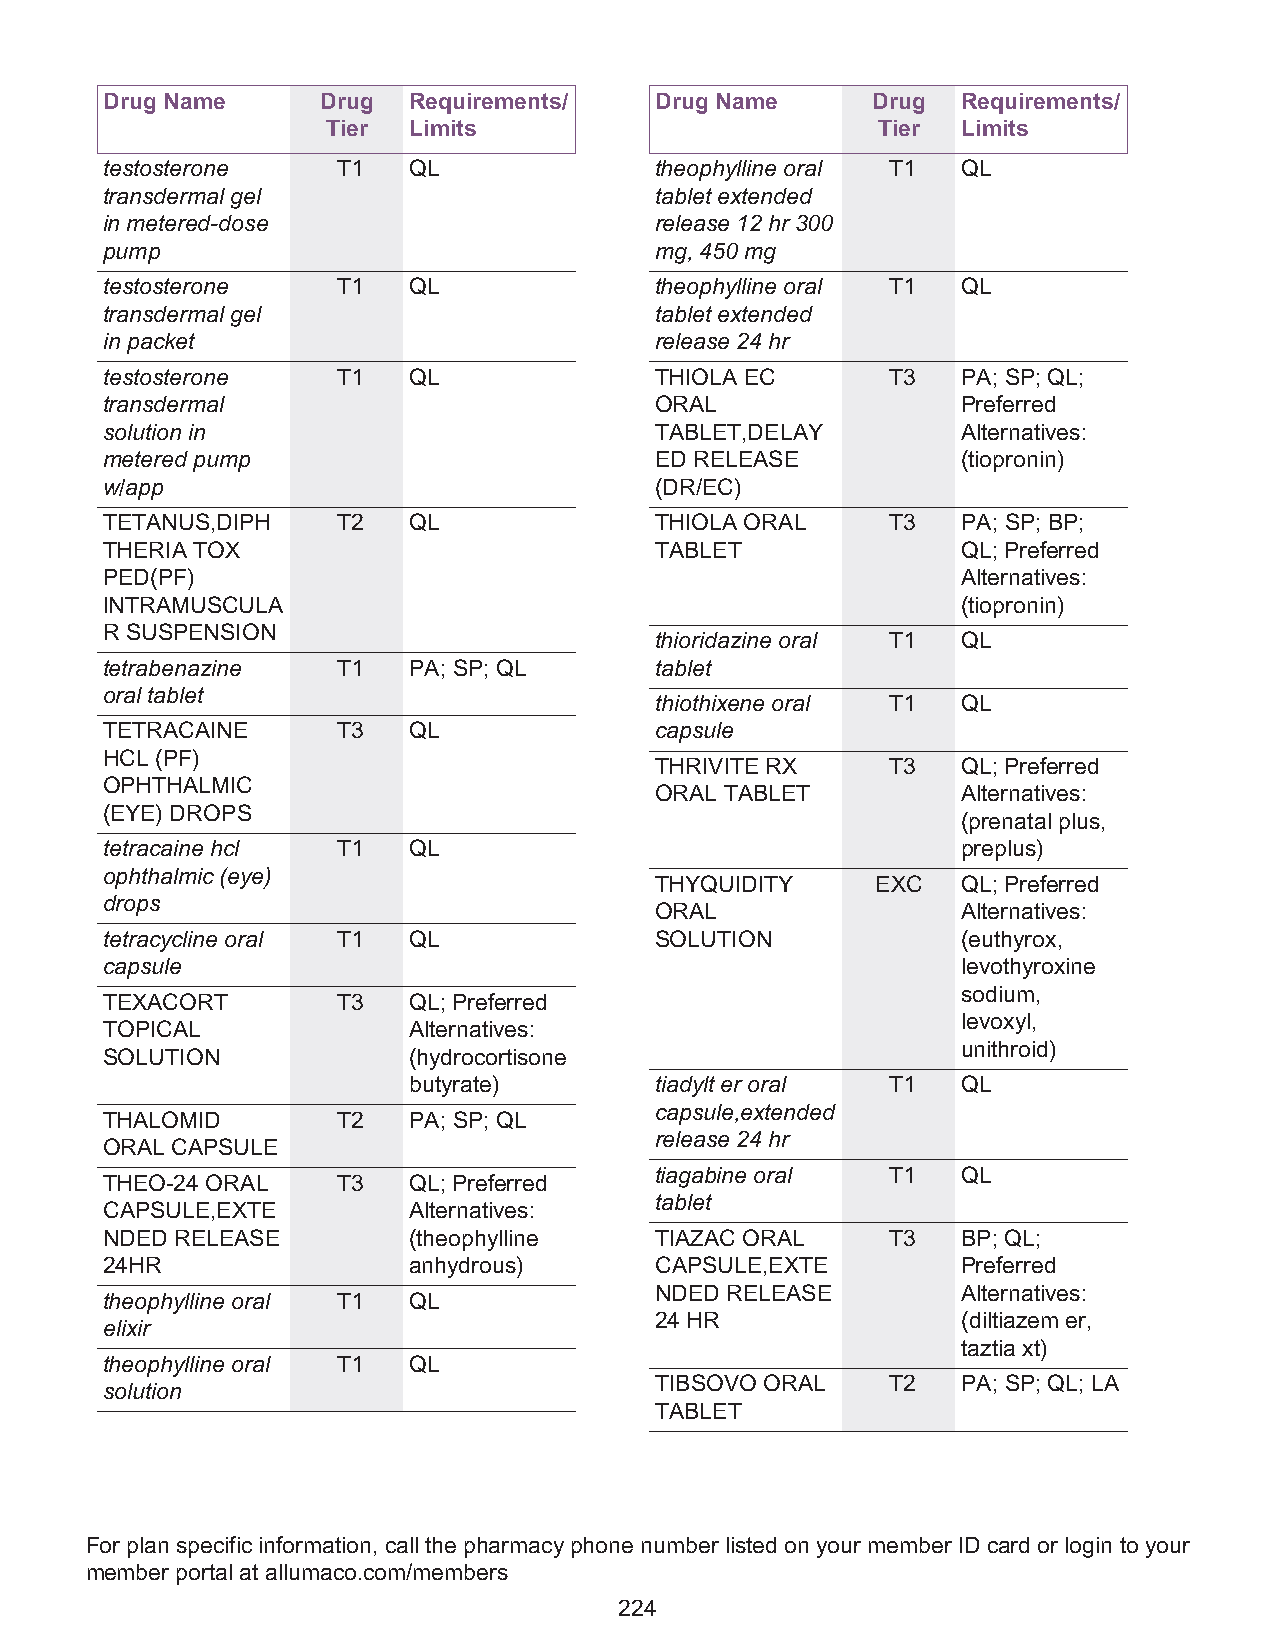
Drug Name     Drug  Requirements/   Drug Name      Drug  Requirements/
 Tier Limits                         Tier  Limits
 testosterone   T1   QL              theophylline oral T1 QL
 transdermal gel                     tablet extended
 in metered-dose                     release 12 hr 300
 pump                                mg, 450 mg
 testosterone   T1   QL              theophylline oral T1 QL
 transdermal gel                     tablet extended
 in packet                           release 24 hr
 testosterone   T1   QL              THIOLA EC       T3   PA; SP; QL;
 transdermal                         ORAL                 Preferred
 solution in                         TABLET,DELAY         Alternatives:
 metered pump                        ED RELEASE           (tiopronin)
 w/app                               (DR/EC)
 TETANUS,DIPH   T2   QL              THIOLA ORAL     T3   PA; SP; BP;
 THERIA TOX                          TABLET               QL; Preferred
 PED(PF)                                                  Alternatives:
 INTRAMUSCULA                                             (tiopronin)
 R SUSPENSION
 thioridazine oral T1 QL
 tetrabenazine  T1   PA; SP; QL      tablet
 oral tablet
 thiothixene oral T1  QL
 TETRACAINE     T3   QL              capsule
 HCL (PF)
 THRIVITE RX     T3   QL; Preferred
 OPHTHALMIC
 ORAL TABLET          Alternatives:
 (EYE) DROPS
 (prenatal plus,
 tetracaine hcl T1   QL                                   preplus)
 ophthalmic (eye)
 THYQUIDITY     EXC   QL; Preferred
 drops
 ORAL                 Alternatives:
 tetracycline oral T1 QL             SOLUTION             (euthyrox,
 capsule                                                  levothyroxine
 sodium,
 TEXACORT       T3   QL; Preferred
 levoxyl,
 TOPICAL             Alternatives:
 unithroid)
 SOLUTION            (hydrocortisone
 butyrate)       tiadylt er oral T1   QL
 capsule,extended
 THALOMID       T2   PA; SP; QL
 release 24 hr
 ORAL CAPSULE
 tiagabine oral  T1   QL
 THEO-24 ORAL   T3   QL; Preferred
 tablet
 CAPSULE,EXTE        Alternatives:
 NDED RELEASE        (theophylline   TIAZAC ORAL     T3   BP; QL;
 24HR                anhydrous)      CAPSULE,EXTE         Preferred
 NDED RELEASE         Alternatives:
 theophylline oral T1 QL
 24 HR                (diltiazem er,
 elixir
 taztia xt)
 theophylline oral T1 QL
 TIBSOVO ORAL    T2   PA; SP; QL; LA
 solution
 TABLET
 For plan specific information, call the pharmacy phone number listed on your member ID card or login to your
 member portal at allumaco.com/members
 224